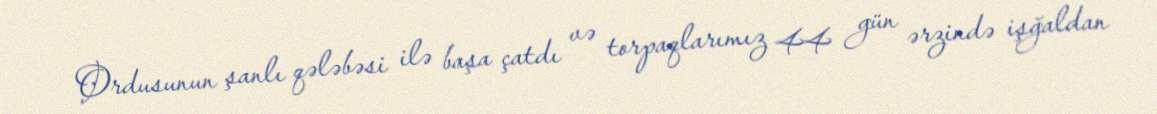
Ordusunun şanlı qələbəsi ilə başa çatdı və torpaqlarımız 44 gün ərzində işğaldan